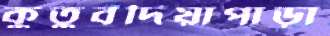
কুতুবদিয়াপাড়া